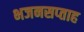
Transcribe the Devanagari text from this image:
भजनसप्‍ताह